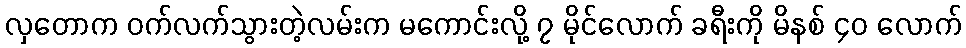
လှတောက ဝက်လက်သွားတဲ့လမ်းက မကောင်းလို့ ၇ မိုင်လောက် ခရီးကို မိနစ် ၄၀ လောက်